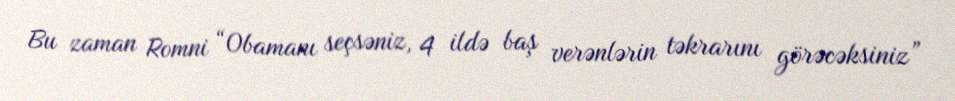
Bu zaman Romni “Obamanı seçsəniz, 4 ildə baş verənlərin təkrarını görəcəksiniz”